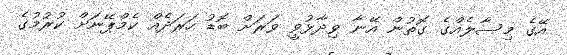
އޭގެ މިސާލެއްގެ ގޮތުން އޭނާ ވިދާޅުވީ ވަރަށް ބޮޑު ހަރަދެއް ކެމްޕޭނަށް ކުރުމުގެ